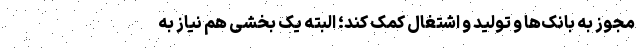
مجوز به بانک‌ها و تولید و اشتغال کمک کند؛ البته یک بخشی هم نیاز به